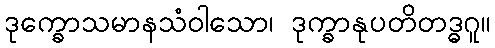
ဒုက္ခောသမာနသံဝါသော၊ ဒုက္ခာနုပတိတဒ္ဓဂူ။